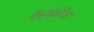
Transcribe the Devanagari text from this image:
कैहोकीया